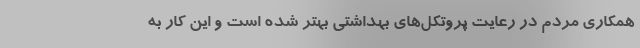
همکاری مردم در رعایت پروتکل‌های بهداشتی بهتر شده است و این کار به